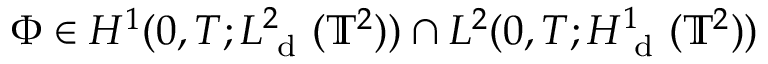
\Phi \in H ^ { 1 } ( 0 , T ; L _ { \mathrm { ~ d ~ } } ^ { 2 } ( \mathbb { T } ^ { 2 } ) ) \cap L ^ { 2 } ( 0 , T ; H _ { \mathrm { ~ d ~ } } ^ { 1 } ( \mathbb { T } ^ { 2 } ) )